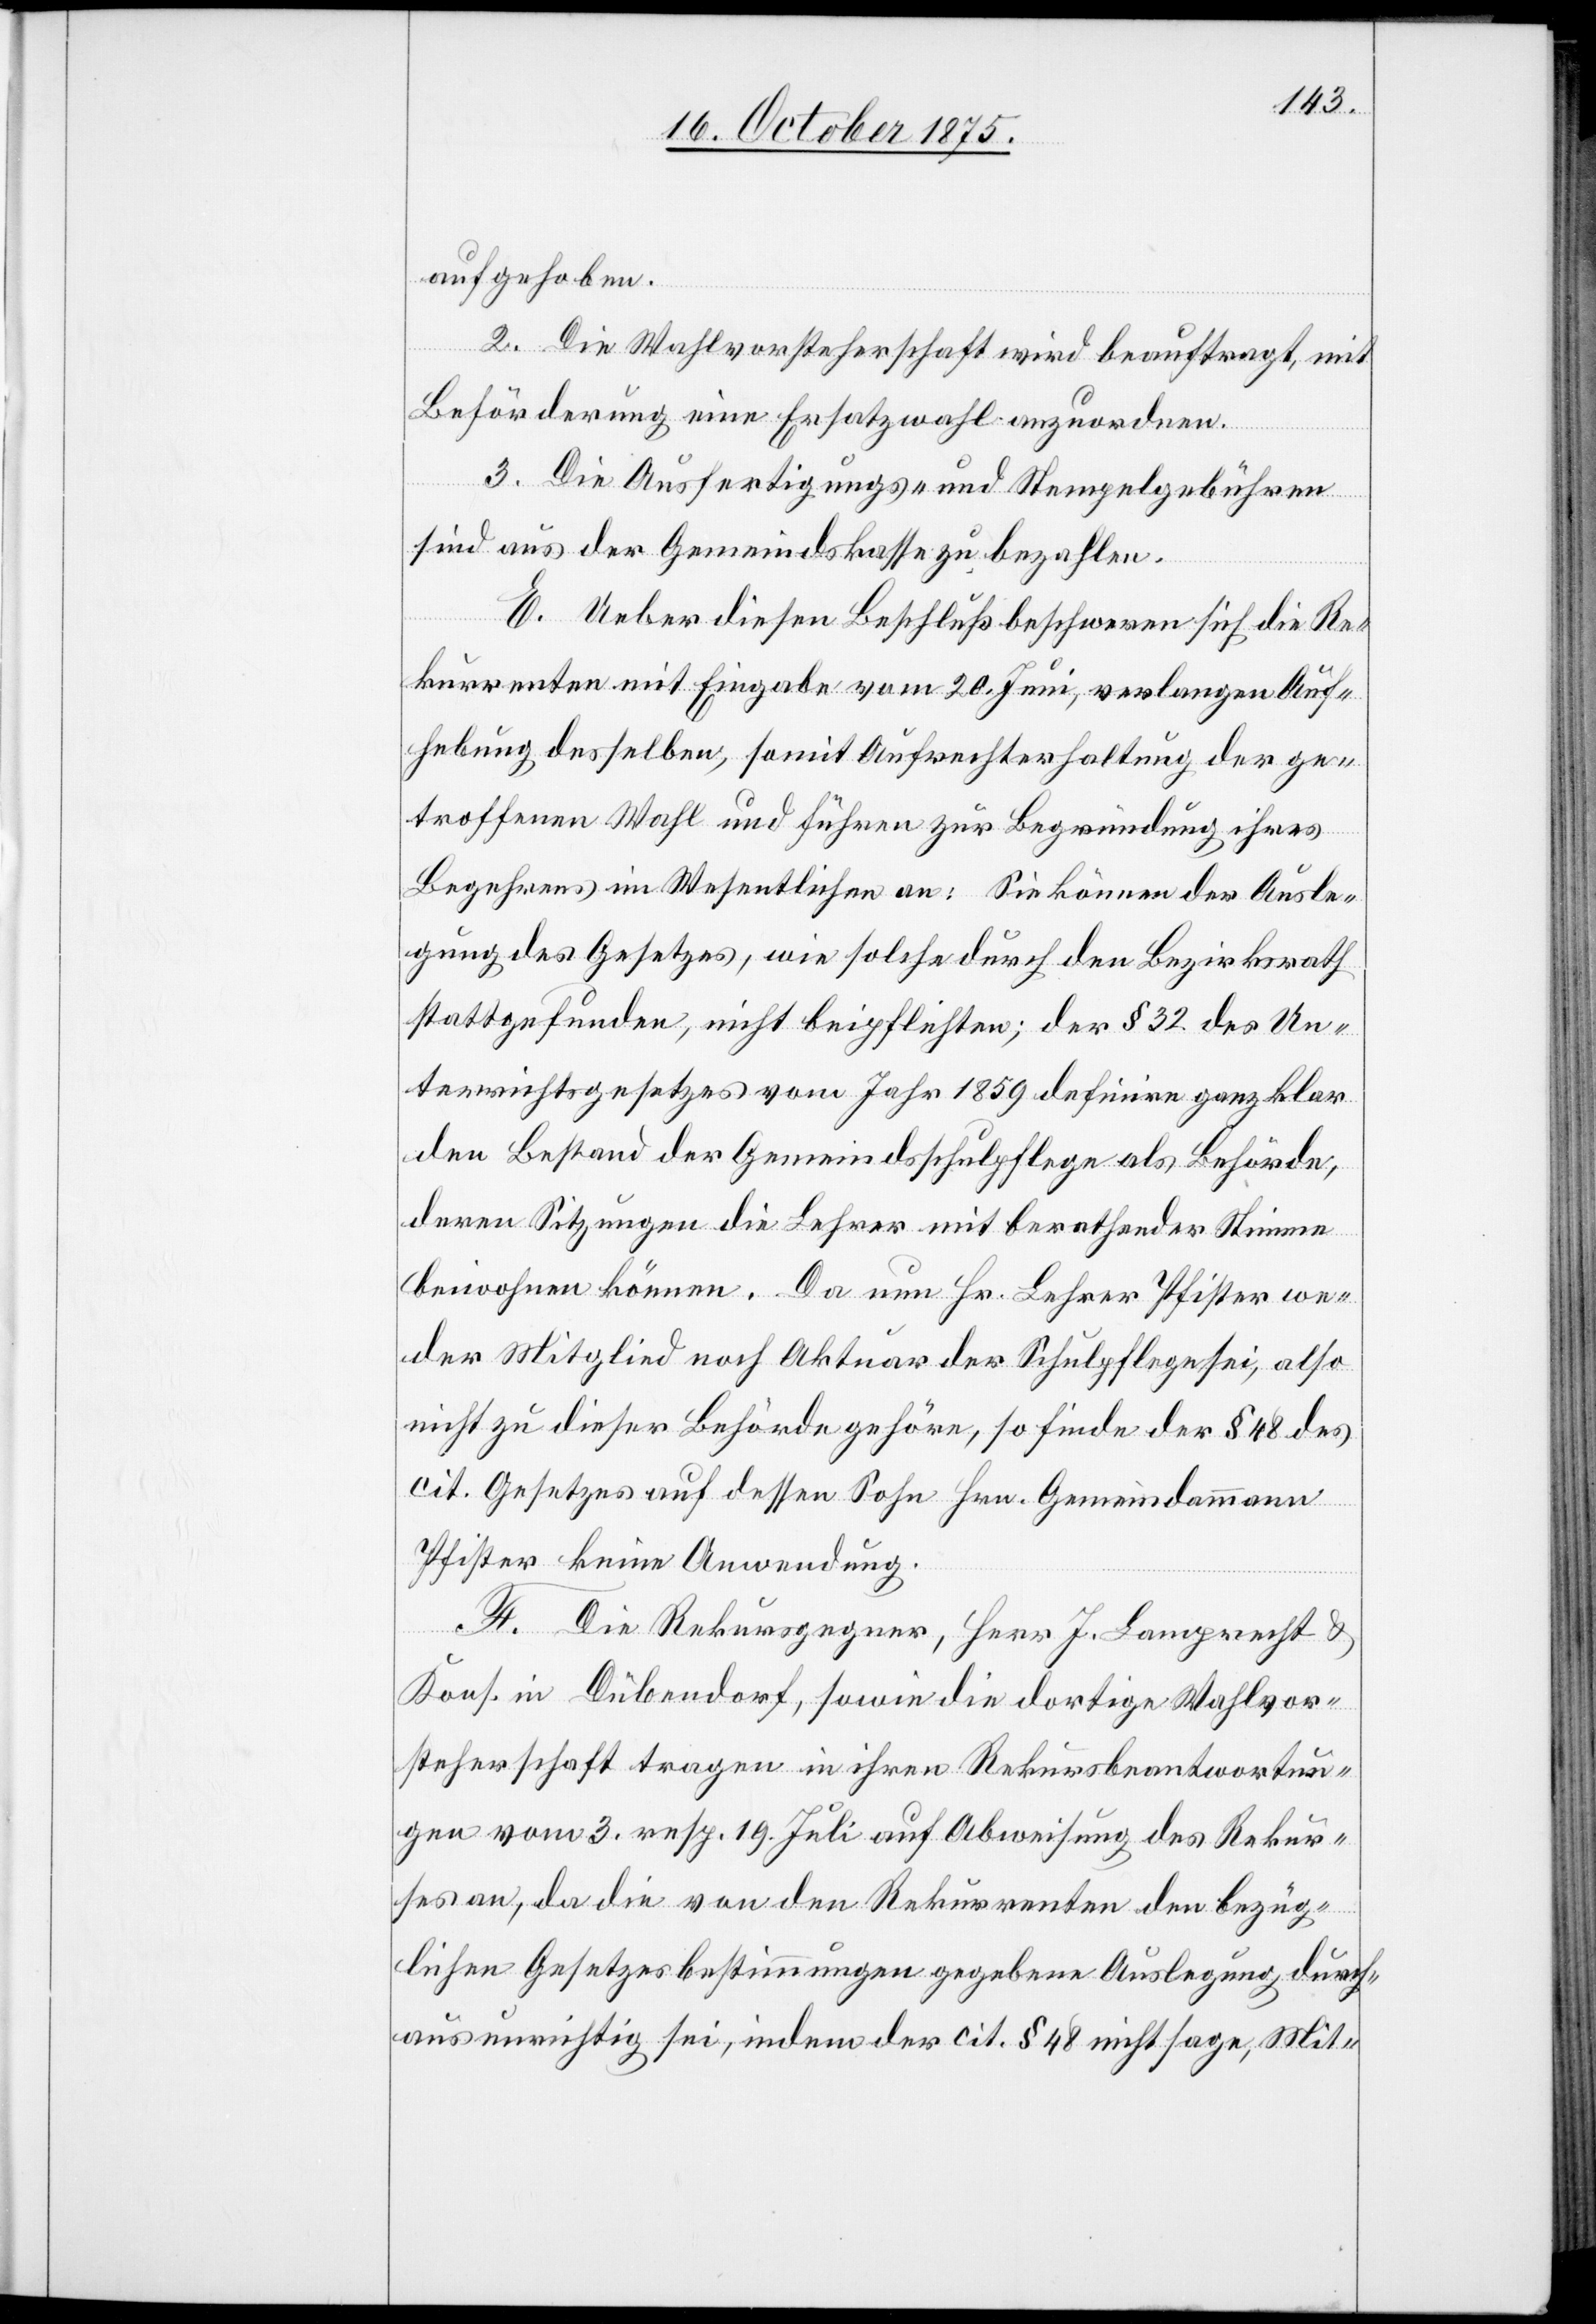
aufgehoben.
2. Die Wahlvorsteherschaft wird beauftragt, mit
Beförderung eine Ersatzwahl anzuordnen.
3. Die Ausfertigungs- und Stempelgebühren
sind aus der Gemeindskasse zu bezahlen.
E. Ueber diesen Beschluß beschweren sich die Re¬
kurrenten mit Eingabe vom 20. Juni, verlangen Auf¬
hebung desselben, somit Aufrechterhaltung der ge¬
troffenen Wahl und führen zur Begründung ihres
Begehrens im Wesentlichen an: Sie können der Ausle¬
gung des Gesetzes, wie solche durch den Bezirksrath
stattgefunden, nicht beipflichten; der § 32 des Un¬
terrichtsgesetzes vom Jahr 1859 definire ganz klar
den Bestand der Gemeindsschulpflege als Behörde,
deren Sitzungen die Lehrer mit berathender Stimme
weder Mitglied noch Aktuar der Schulpflege sei, also
nicht zu dieser Behörde gehöre, so finde der § 48 des
cit. Gesetzes auf dessen Sohn Hrn. Gemeindammann
Pfister keine Anwendung.
F. Die Rekursgegner, Herr J. Lamprecht &
Kons. in Dübendorf, sowie die dortige Wahlvor¬
steherschaft tragen in ihren Rekursbeantwortun¬
gen vom 3. resp. 19. Juli auf Abweisung des Rekur¬
ses an, da die von den Rekurrenten den bezüg¬
lichen Gesetzesbestimmungen gegebene Auslegung durch¬
aus unrichtig sei, indem der cit. § 48 nicht sage, Mit-